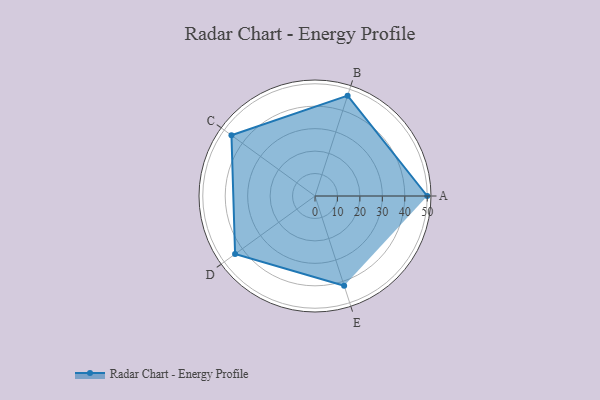
{"axis": {"x": "Skill", "y": "Score"}, "legend": ["Profile"], "data": [{"x": "A", "y": 50.0, "type": "Profile"}, {"x": "B", "y": 47.0, "type": "Profile"}, {"x": "C", "y": 46.0, "type": "Profile"}, {"x": "D", "y": 44.0, "type": "Profile"}, {"x": "E", "y": 42.0, "type": "Profile"}]}